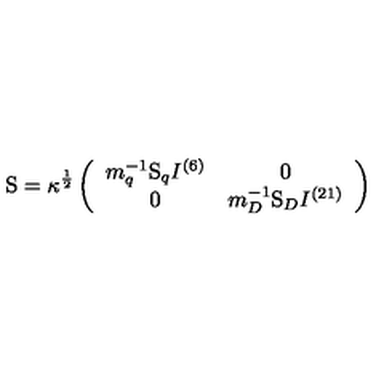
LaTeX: \mathrm { \boldmath S } = \kappa ^ { \frac { 1 } { 2 } } \left( \begin{array} { c c } { m _ { q } ^ { - 1 } { \mathrm { \boldmath S } } _ { q } I ^ { ( 6 ) } } & { 0 } \\ { 0 } & { m _ { D } ^ { - 1 } { \mathrm { \boldmath S } } _ { D } I ^ { ( 2 1 ) } } \\ \end{array} \right)